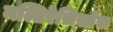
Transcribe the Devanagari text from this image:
मल्तिरेसिस्तेंस